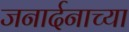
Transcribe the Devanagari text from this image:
जनार्दनाच्या